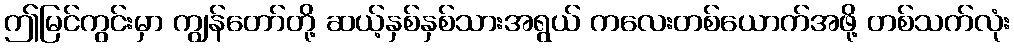
ဤမြင်ကွင်းမှာ ကျွန်တော်တို့ ဆယ့်နှစ်နှစ်သားအရွယ် ကလေးတစ်ယောက်အဖို့ တစ်သက်လုံး